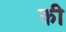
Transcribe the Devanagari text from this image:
की